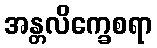
အန္တလိက္ခေစရာ